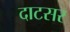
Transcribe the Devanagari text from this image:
दाटसर